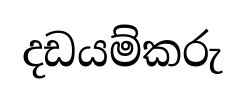
දඩයම්කරු